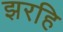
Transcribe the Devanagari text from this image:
झरहि